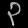
Digit: ၃